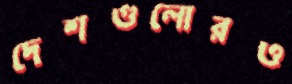
দেশগুলোরও